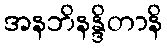
အနဘိနန္ဒိတာနိ